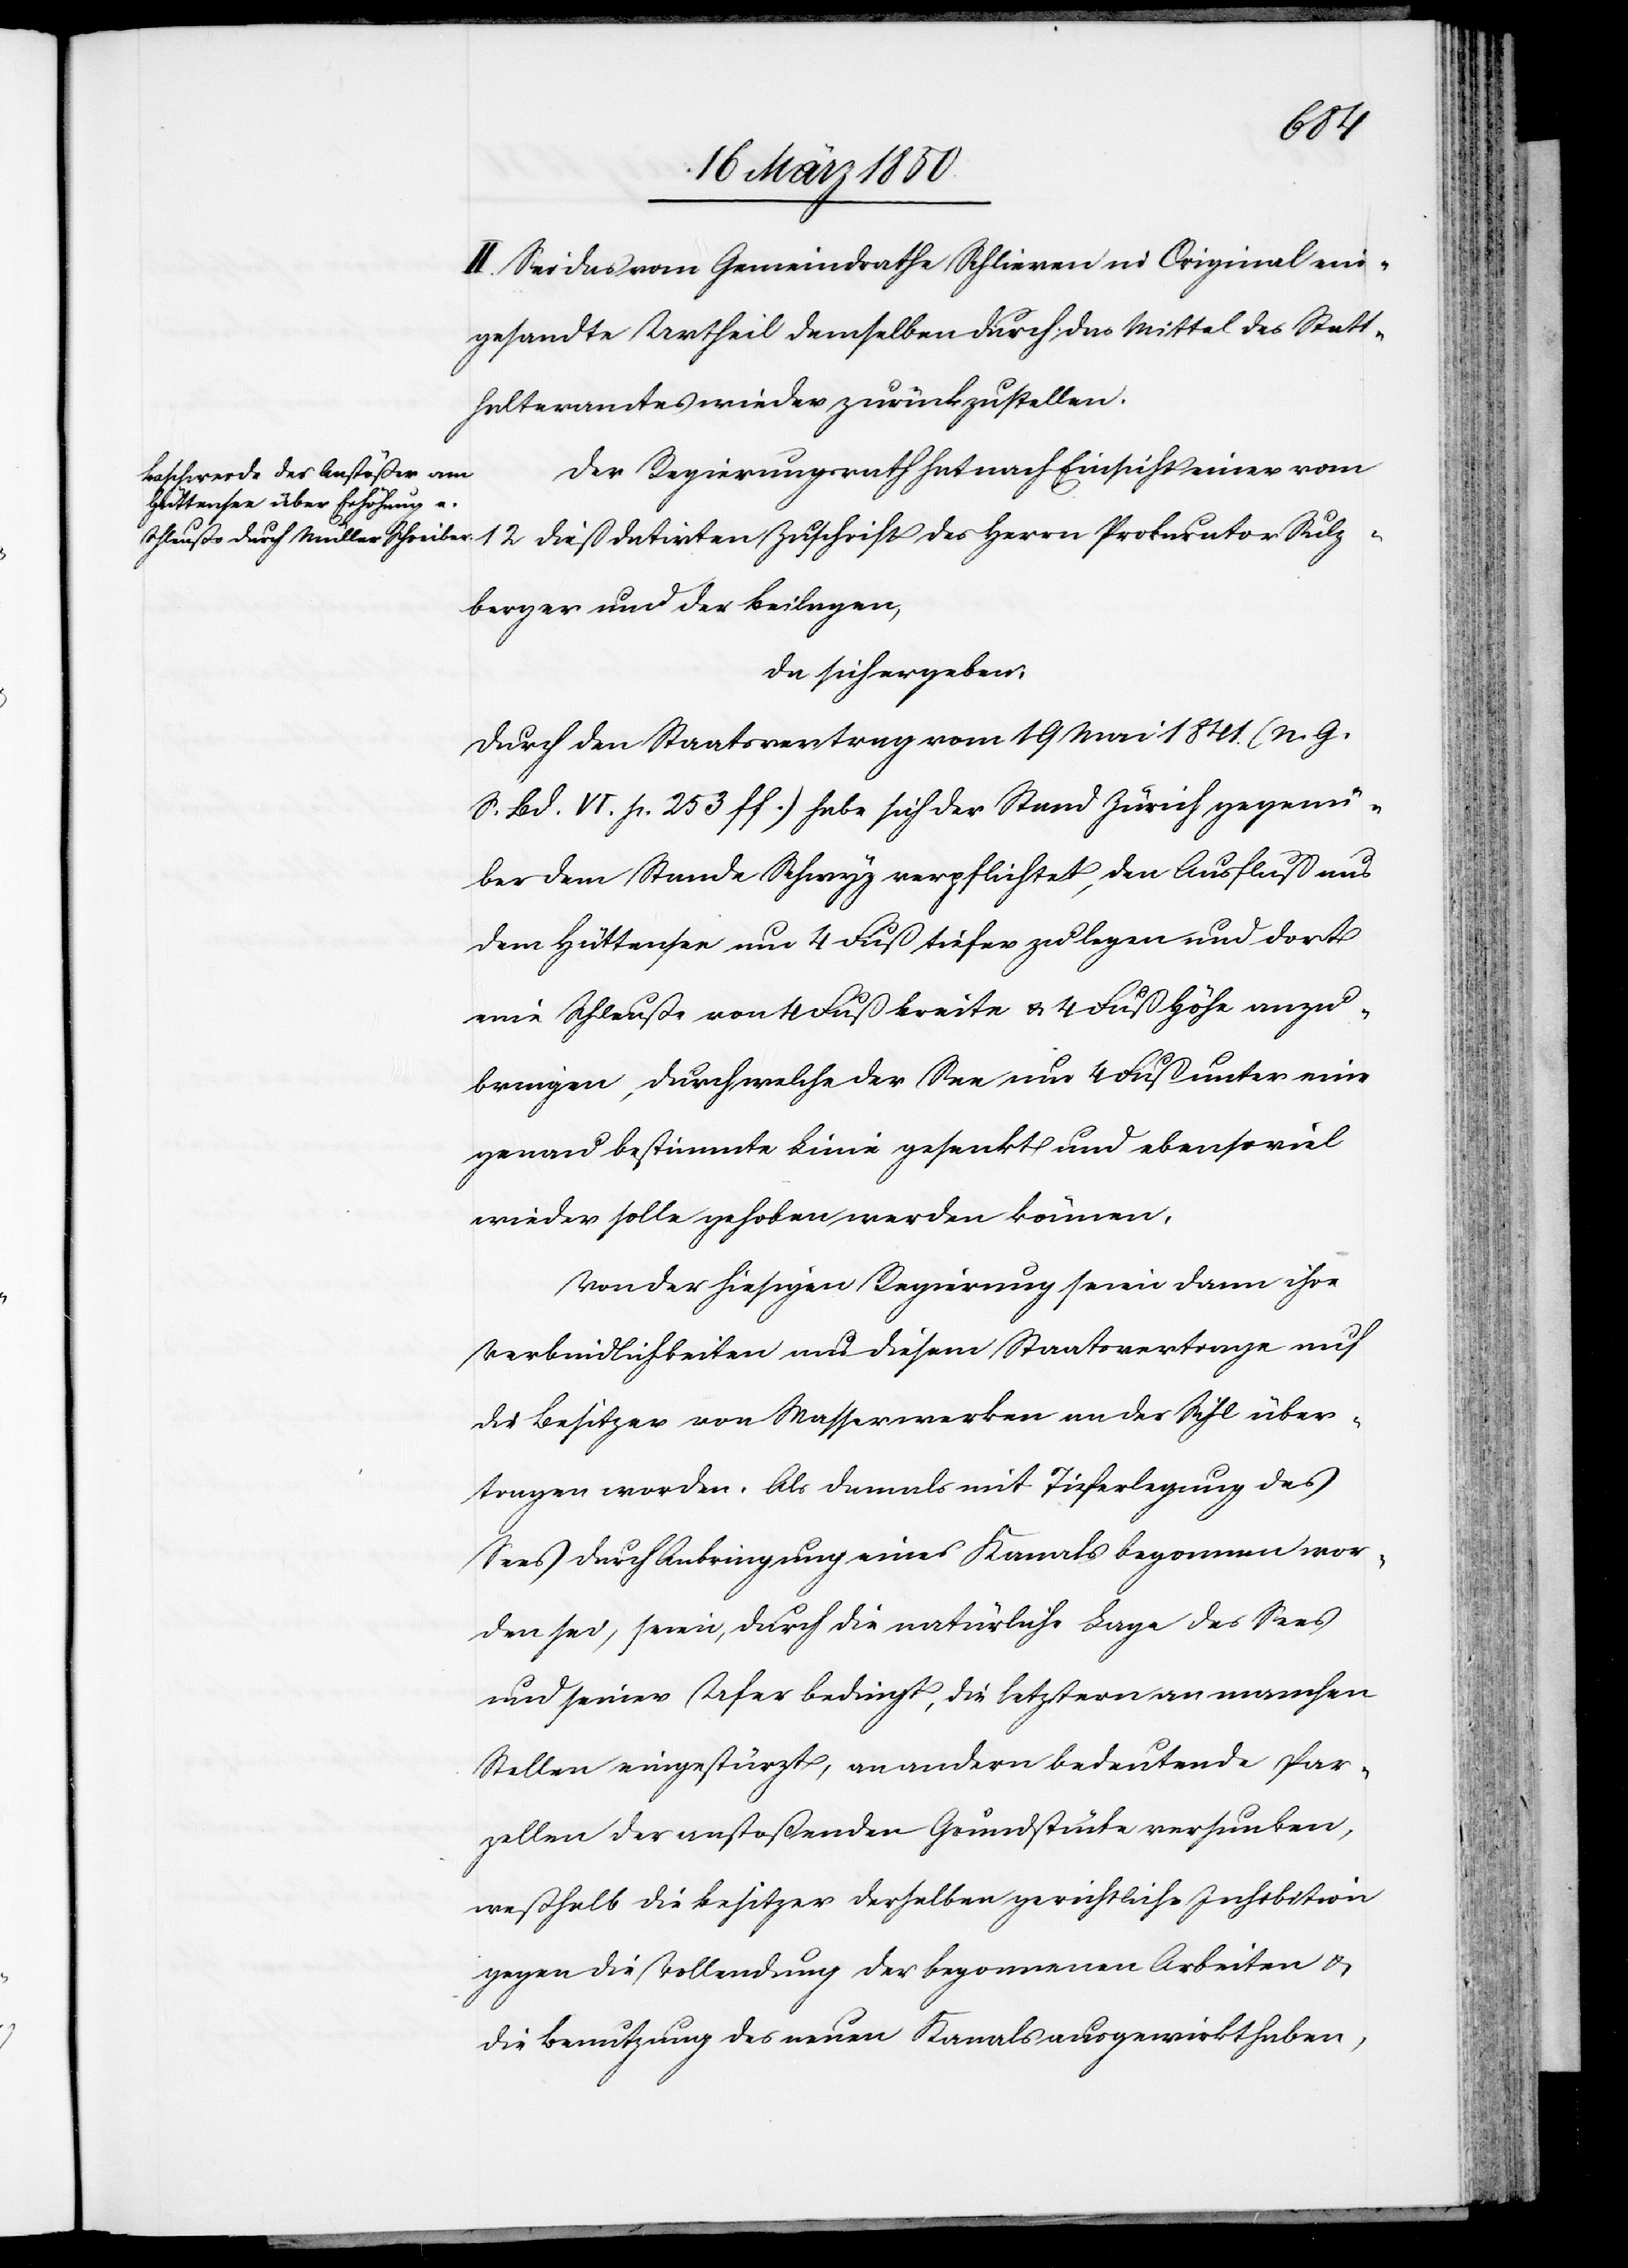
II. Sei das vom Gemeindrathe Schlieren in Original ein¬
gesandte Urtheil demselben durch das Mittel des Statt¬
halteramtes wieder zurückzustellen.
Der Regierungsrath hat nach Einsicht einer vom
12 dieß datirten Zuschrift des Herrn Prokurator Sulz¬
berger und der Beilagen,
da sich ergeben:
Durch den Staatsvertrag vom 19 Mai 1841. (N. G.
S. Bd. IV. p. 253 ff.) habe sich der Stand Zürich gegenü¬
ber dem Stande Schwyz verpflichtet, den Ausfluß aus
dem Hüttensee um 4 Fuß tiefer zu legen und dort
eine Schleuße von 4 Fuß Breite u. 4 Fuß Höhe anzu¬
bringen, durch welche der See um 4 Fuß unter eine
genau bestimmte Linie gesenkt und ebensoviel
wieder solle gehoben werden können.
Von der hiesigen Regierung seien dann ihre
Verbindlichkeiten aus diesem Staatsvertrage auf
die Besitzer von Wasserwerken an der Sihl über¬
tragen worden. Als damals mit Tieferlegung des
Sees durch Anbringung eines Kanals begonnen wor¬
den sei, seien, durch die natürliche Lage des Sees
und seiner Ufer bedingt, die letztern an manchen
Stellen eingestürzt, an andern bedeutende Par¬
zellen der anstoßenden Grundstücke versunken,
weßhalb die Besitzer derselben gerichtliche Inhibition
gegen die Vollendung der begonnenen Arbeiten u.
die Benutzung des neuen Kanals ausgewirkt haben,